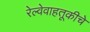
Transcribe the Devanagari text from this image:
रेल्वेवाहतूकीचे